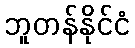
ဘူတန်နိုင်ငံ